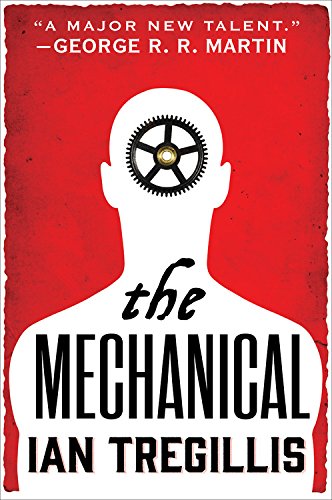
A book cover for The Mechanical (The Alchemy Wars); Ian Tregillis; Mystery, Thriller & Suspense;